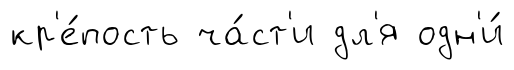
кр'е́пость ча́ст'и дл'я одн'и́